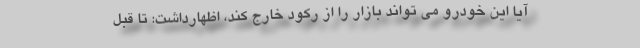
آيا اين خودرو مي تواند بازار را از ركود خارج كند، اظهارداشت: تا قبل